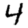
Digit: 4